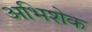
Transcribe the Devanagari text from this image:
अभिशेक